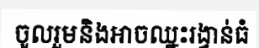
ចូលរួមនិងអាចឈ្នះរង្វាន់ធំ